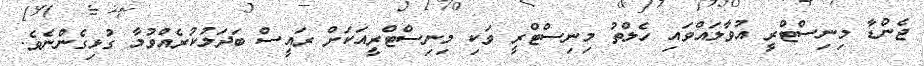
ޖެންޑާ މިނިސްޓްރީ އުވާލައްވައި ހެލްތު މިނިސްޓްރީ ވަކި މިނިސްޓްރީއަކަށް ރައީސް ބަދަލުކުރެއްވުމާ ގުޅިގެންނެވެ.